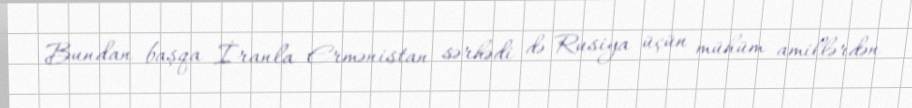
Bundan başqa İranla Ermənistan sərhədi də Rusiya üçün mühüm amillərdən